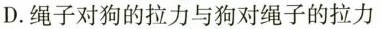
D.绳子对狗的拉力与狗对绳子的拉力